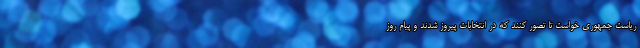
ریاست جمهوری خواست تا تصور کنند که در انتخابات پیروز شدند و پیام روز